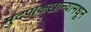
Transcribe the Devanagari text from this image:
मुदपाकखान्यामधून